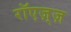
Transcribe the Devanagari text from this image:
रॉएज़्ज़